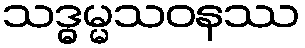
သဒ္ဓမ္မသဝနဿ